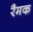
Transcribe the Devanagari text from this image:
रैमक